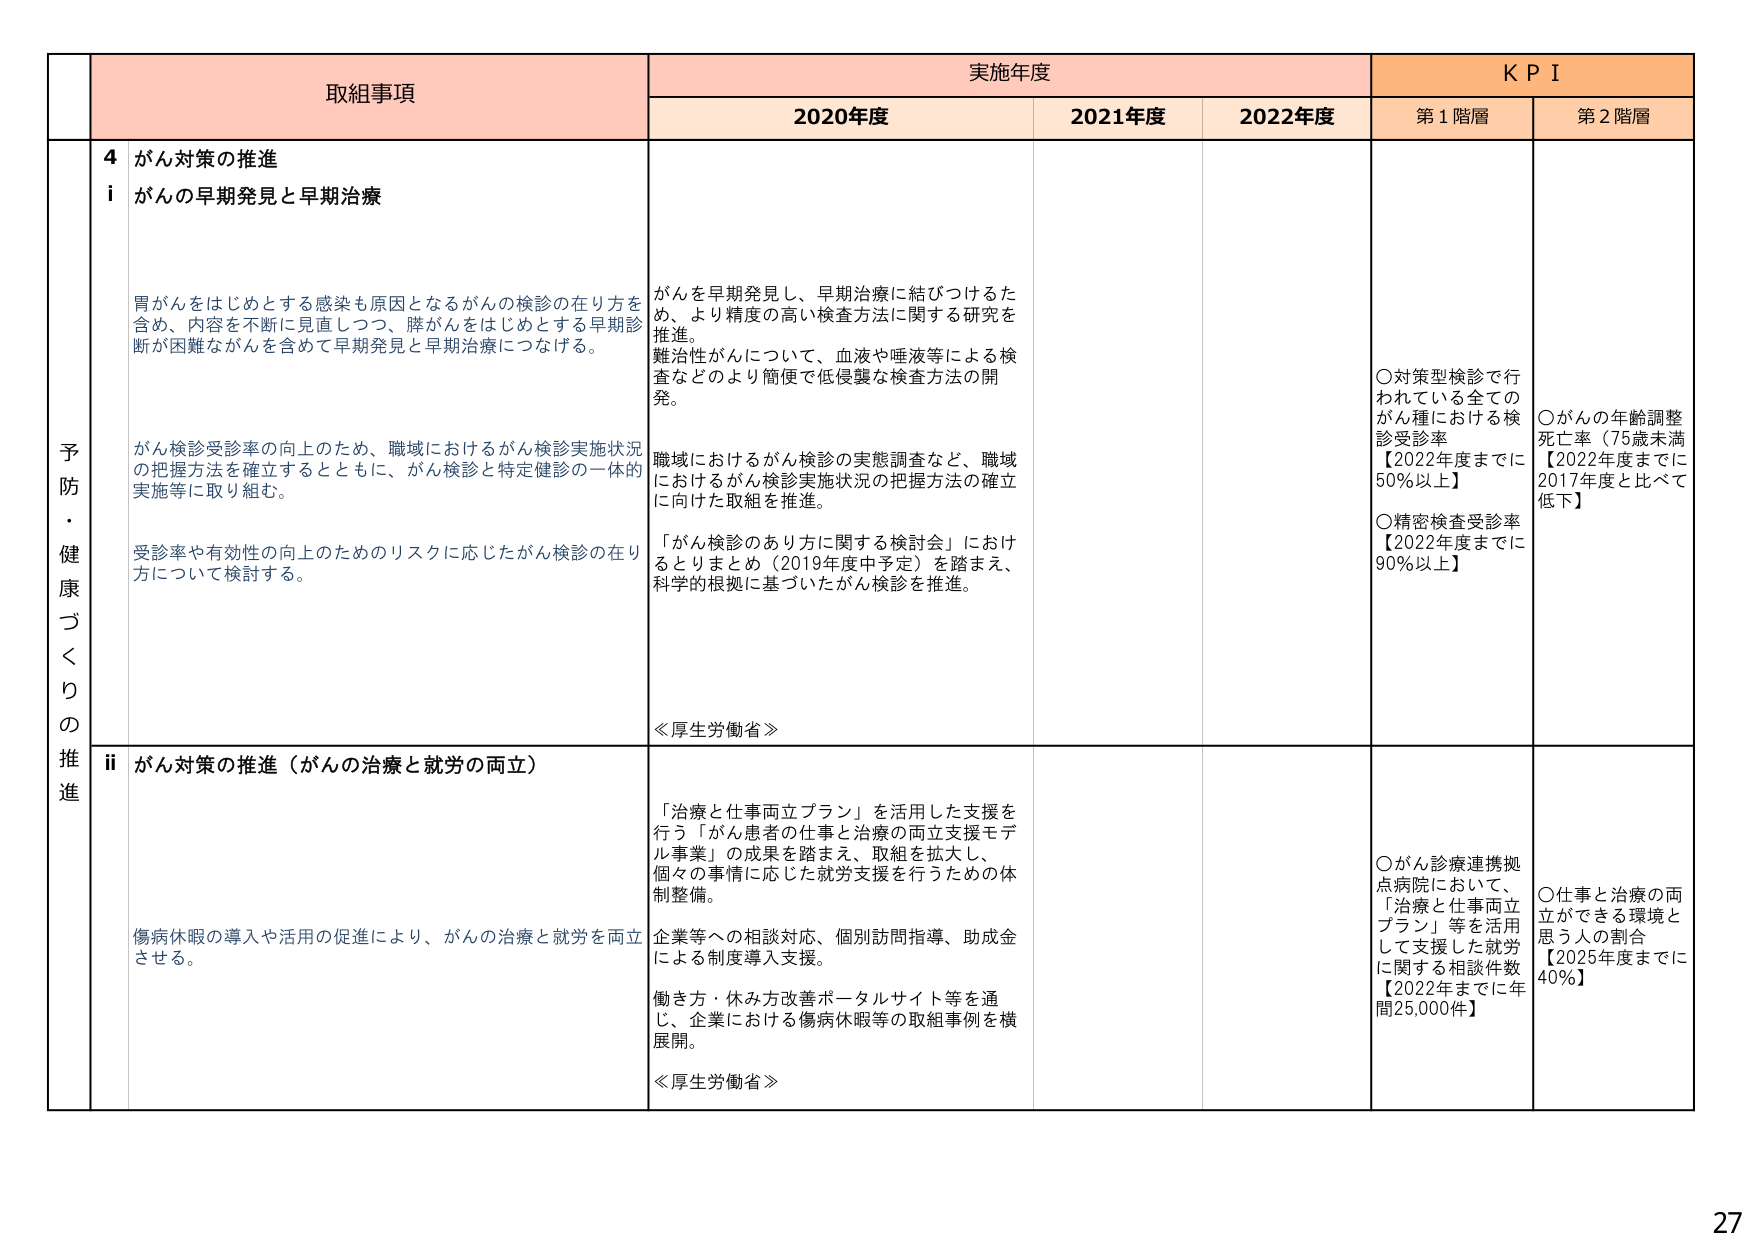
予防・健康づくりの推進

取組事項

実施年度

KPI

2020年度

2021年度

2022年度

第1階層

第2階層

4 がん対策の推進

i がんの早期発見と早期治療

胃がんをはじめとする感染も原因となるがんの検診の在り方を含め、内容を不断に見直しつつ、膵がんをはじめとする早期診断が困難ながんを含めて早期発見と早期治療につなげる。

がんを早期発見し、早期治療に結びつけるため、より精度の高い検査方法に関する研究を推進。

難治性がんについて、血液や唾液等による検査などのより簡便で低侵襲な検査方法の開発。

がん検診受診率の向上のため、職域におけるがん検診実施状況の把握方法を確立するとともに、がん検診と特定健診の一体的実施等に取り組む。

職域におけるがん検診の実態調査など、職域におけるがん検診実施状況の把握方法の確立に向けた取組を推進。

「がん検診のあり方に関する検討会」におけるとりまとめ（2019年度中予定）を踏まえ、科学的根拠に基づいたがん検診を推進。

受診率や有効性の向上のためのリスクに応じたがん検診の在り方について検討する。

≪厚生労働省≫

○対策型検診で行われている全てのがん種における検診受診率【2022年度までに50%以上】

○精密検査受診率【2022年度までに90%以上】

○がんの年齢調整死亡率（75歳未満）【2022年度までに2017年度と比べて低下】

ii がん対策の推進（がんの治療と就労の両立）

「治療と仕事両立プラン」を活用した支援を行う「がん患者の仕事と治療の両立支援モデル事業」の成果を踏まえ、取組を拡大し、個々の事情に応じた就労支援を行うための体制整備。

企業等への相談対応、個別訪問指導、助成金による制度導入支援。

働き方・休み方改善ポータルサイト等を通じ、企業における傷病休暇等の取組事例を横展開。

≪厚生労働省≫

○がん診療連携拠点病院において、「治療と仕事両立プラン」等を活用して支援した就労に関する相談件数【2022年度までに年間25,000件】

○仕事と治療の両立ができる環境と思う人の割合【2025年度までに40%】

傷病休暇の導入や活用の促進により、がんの治療と就労を両立させる。

27